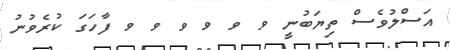
އަސްލުވެސް ތިޔަބުނީ ވ ވ ވ ވ ވ ވ ފާހަގަ ކުރެވުނު